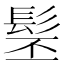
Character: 髬